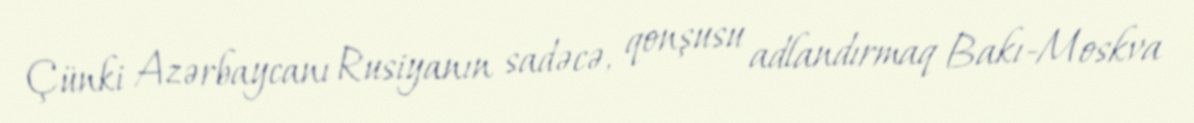
Çünki Azərbaycanı Rusiyanın sadəcə, qonşusu adlandırmaq Bakı-Moskva